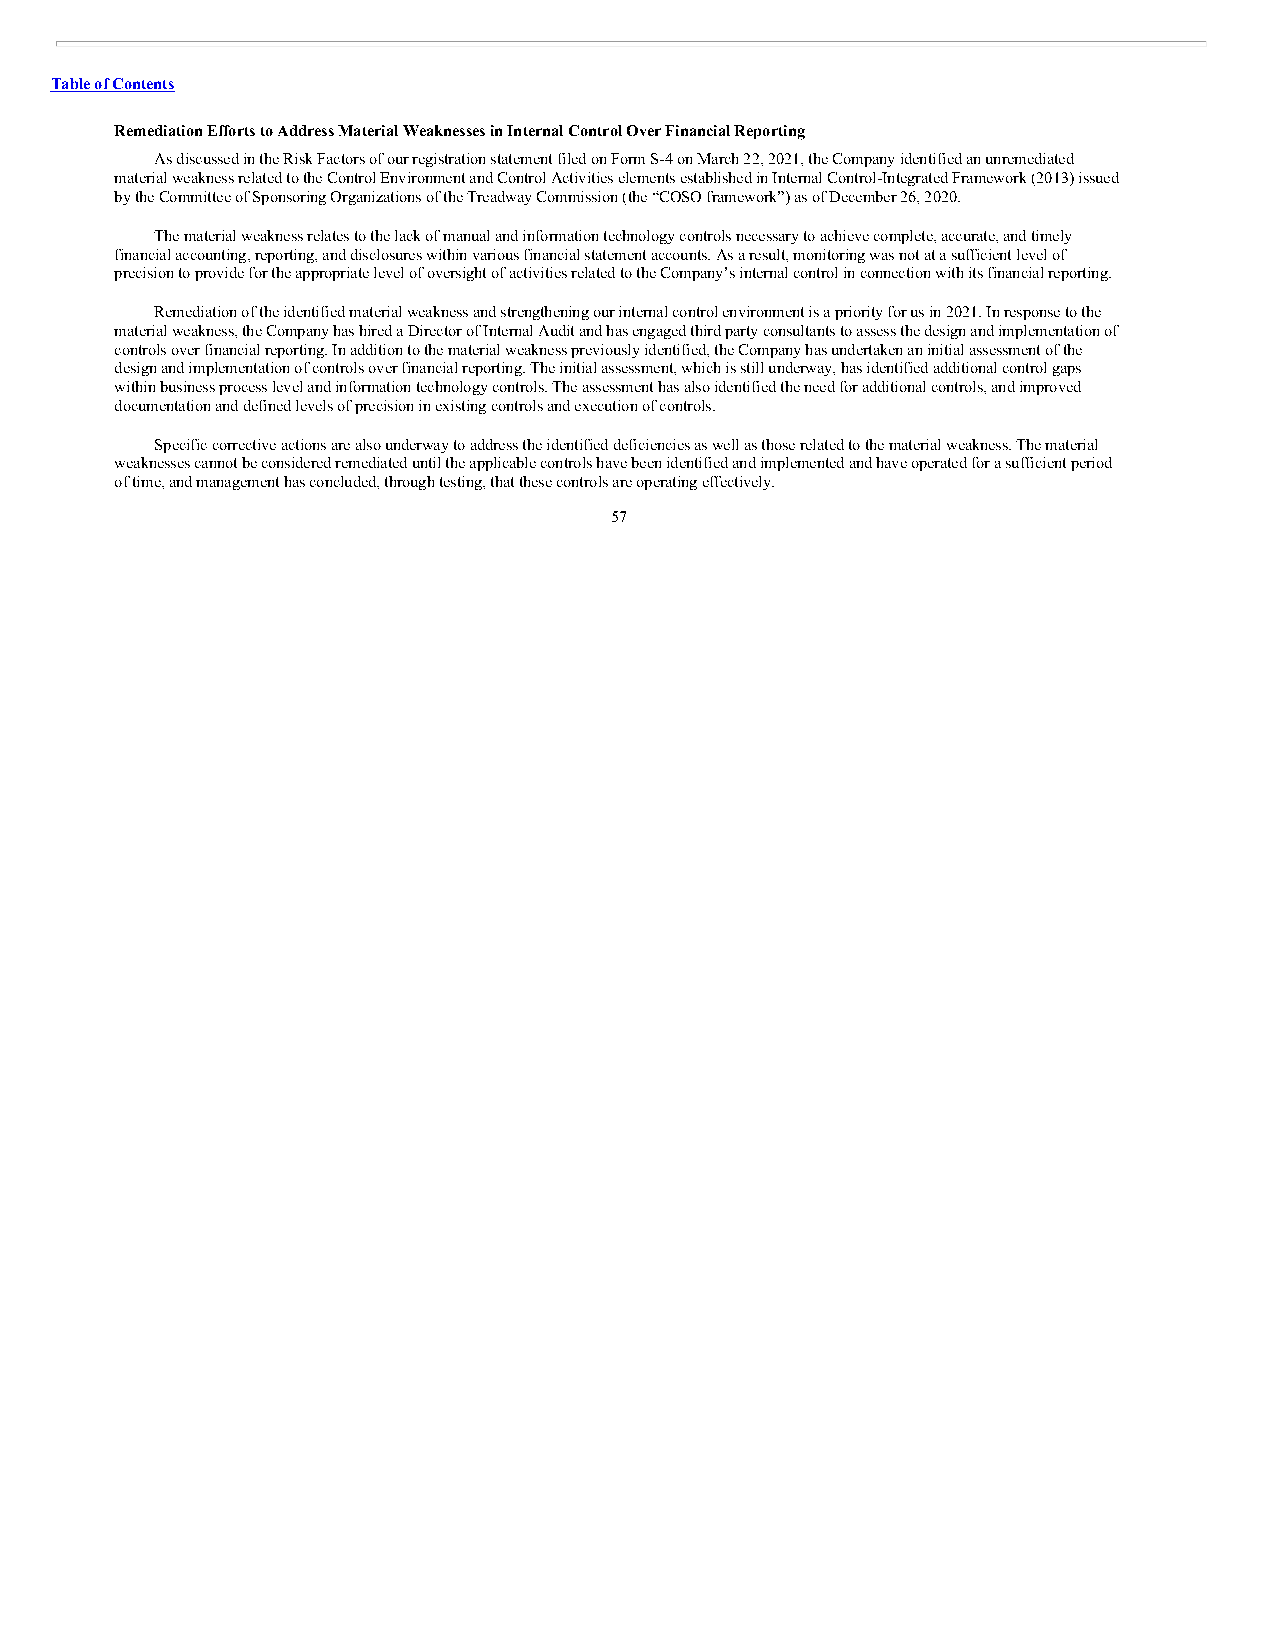
Table of Contents
 Remediation Efforts to Address Material Weaknesses in Internal Control Over Financial Reporting
 As discussed in the Risk Factors of our registration statement filed on Form S-4 on March 22, 2021, the Company identified an unremediated
 material weakness related to the Control Environment and Control Activities elements established in Internal Control-Integrated Framework (2013) issued
 by the Committee of Sponsoring Organizations of the Treadway Commission (the “COSO framework”) as of December 26, 2020.
 The material weakness relates to the lack of manual and information technology controls necessary to achieve complete, accurate, and timely
 financial accounting, reporting, and disclosures within various financial statement accounts. As a result, monitoring was not at a sufficient level of
 precision to provide for the appropriate level of oversight of activities related to the Company’s internal control in connection with its financial reporting.
 Remediation of the identified material weakness and strengthening our internal control environment is a priority for us in 2021. In response to the
 material weakness, the Company has hired a Director of Internal Audit and has engaged third party consultants to assess the design and implementation of
 controls over financial reporting. In addition to the material weakness previously identified, the Company has undertaken an initial assessment of the
 design and implementation of controls over financial reporting. The initial assessment, which is still underway, has identified additional control gaps
 within business process level and information technology controls. The assessment has also identified the need for additional controls, and improved
 documentation and defined levels of precision in existing controls and execution of controls.
 Specific corrective actions are also underway to address the identified deficiencies as well as those related to the material weakness. The material
 weaknesses cannot be considered remediated until the applicable controls have been identified and implemented and have operated for a sufficient period
 of time, and management has concluded, through testing, that these controls are operating effectively.
 57